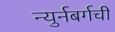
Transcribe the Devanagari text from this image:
न्युर्नबर्गची